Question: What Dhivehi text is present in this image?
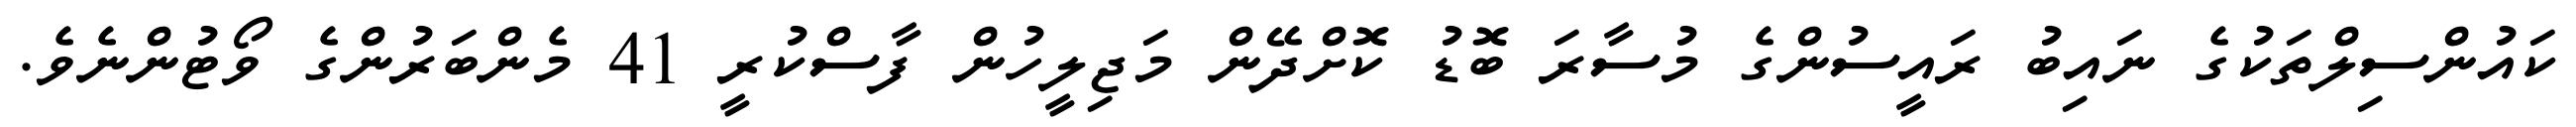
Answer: ކައުންސިލްތަކުގެ ނައިބު ރައީސުންގެ މުސާރަ ބޮޑު ކޮށްދޭން މަޖިލީހުން ފާސްކުރީ 41 މެންބަރުންގެ ވޯޓުންނެވެ.